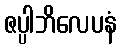
ဇပ္ပါဘိလေပနံ